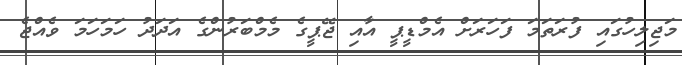
މަޖިލިހުގައި ފުރަތަމަ ފަހަރަށް އެމްޑީޕީ އާއި ޖޭޕީގެ މެމްބަރުންގެ އަދަދު ހަމަހަމަ ވެއްޖެ